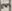
Text: 3